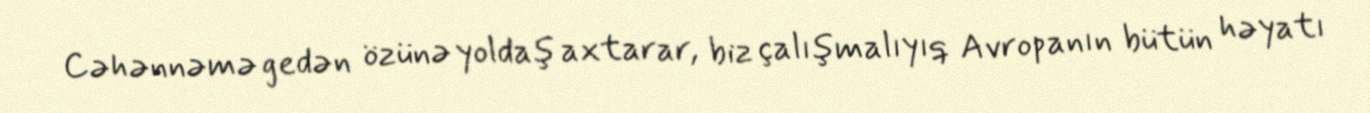
Cəhənnəmə gedən özünə yoldaş axtarar, biz çalışmalıyıq Avropanın bütün həyatı